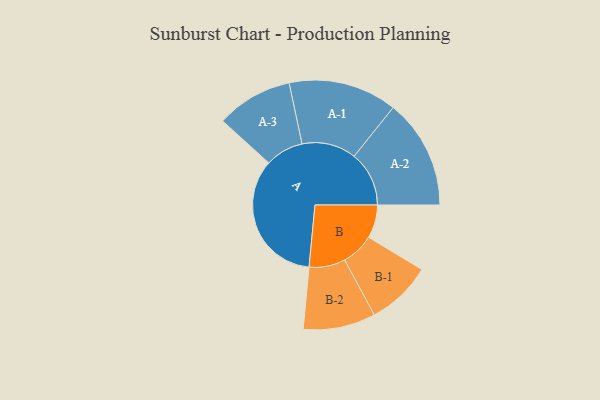
{"axis": {"x": "Segment", "y": "Value"}, "legend": ["", "A", "B"], "data": [{"x": "A", "y": 465, "type": ""}, {"x": "B", "y": 114, "type": ""}, {"x": "A-1", "y": 186, "type": "A"}, {"x": "A-2", "y": 188, "type": "A"}, {"x": "A-3", "y": 131, "type": "A"}, {"x": "B-1", "y": 112, "type": "B"}, {"x": "B-2", "y": 124, "type": "B"}]}